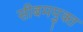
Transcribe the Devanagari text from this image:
सीबमयुक्त